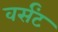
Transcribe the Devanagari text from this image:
वर्संट